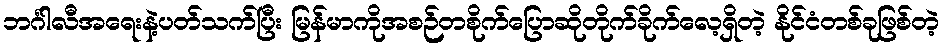
ဘင်္ဂါလီအရေးနဲ့ပတ်သက်ပြီး မြန်မာကိုအစဉ်တစိုက်ပြောဆိုတိုက်ခိုက်လေ့ရှိတဲ့ နိုင်ငံတစ်ခုဖြစ်တဲ့